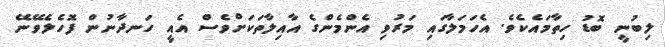
ލިބުނީ ބޮޑު ހިތާމައެކެވެ. އެހަމަލާގައި މަރުވި އެންމެންގެ އާއިލާތަކަށްވެސް އެއީ ހަނދާނުން ފޮހެލެވޭނޭ